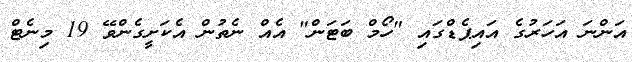
އަންނަ އަހަރުގެ އައިޕެޑްގައި "ހޯމް ބަޓަން" އެއް ނެތުން އެކަށީގެންވޭ 19 މިނެޓް